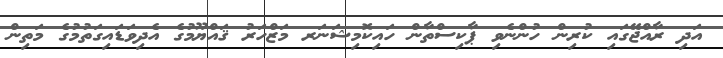
އަދި ރާއްޖޭގައި ކުރިން ހުންނެވި ޕާކިސްތާން ހައިކޮމިޝަނަރ މަޒްހަރު ޤައްޔޫމުގެ އެދިވަޑައިގަތުމުގެ މަތިން